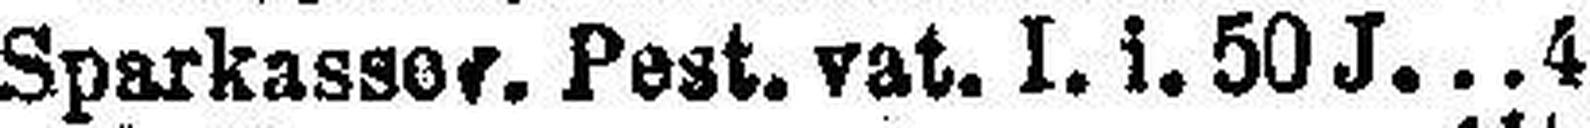
Sparkasser Pest. vat. I. i. 50 J 4